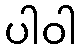
ပါဝါ